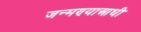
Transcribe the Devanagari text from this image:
जन्मण्याआधी